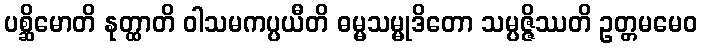
ပစ္ဆိမောတိ နုတ္ထာတိ ဝါသမကပ္ပယီတိ ဓမ္မသမ္မုဒိတော သမ္ပဇ္ဇိဿတိ ဥတ္တမမေဝ